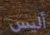
أليس